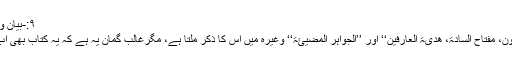
۹:-بیان وہم المعتزلۃ
’’کشف الظنون، مفتاح السادۃ، ھدیۃ العارفین‘‘ اور ’’الجواہر المضیئۃ‘‘ وغیرہ میں اس کا ذکر ملتا ہے، مگرغالب گمان یہ ہے کہ یہ کتاب بھی اب مفقود ہے۔